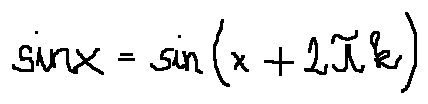
\sin x = \sin ( x + 2 \pi k )